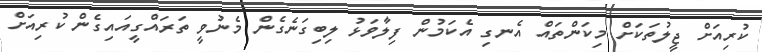
ކުރިއަށް ޖީލުތަކަށް މިކަންތައް އެނގި އެކަމުން ފިލާވަޅު ލިބިގަނެގެން މެނުވީ ތަރައްގީއައިގެން ކުރިއަށް